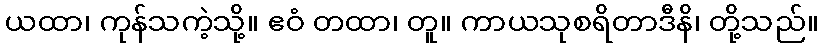
ယထာ၊ ကုန်သကဲ့သို့။ ဧဝံ တထာ၊ တူ။ ကာယသုစရိတာဒီနိ၊ တို့သည်။